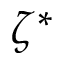
\zeta ^ { * }